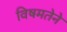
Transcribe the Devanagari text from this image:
विषमतेने